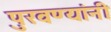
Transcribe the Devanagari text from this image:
पुरवण्यांनी